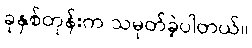
ခုနှစ်တုန်းက သမုတ်ခဲ့ပါတယ်။